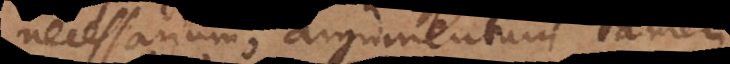
necessarium; argumentum tamen